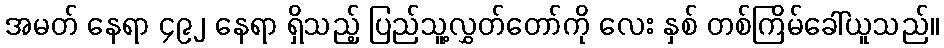
အမတ် နေရာ ၄၉၂ နေရာ ရှိသည့် ပြည်သူ့လွှတ်တော်ကို လေး နှစ် တစ်ကြိမ်ခေါ်ယူသည်။